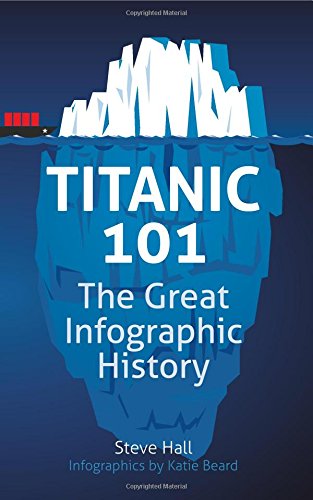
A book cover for Titanic 101: The Great Infographic History; Arts & Photography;